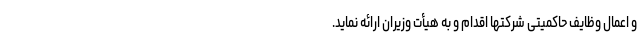
و اعمال وظایف حاکمیتی شرکتها اقدام و به هیأت وزیران ارائه نماید.